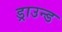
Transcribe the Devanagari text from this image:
ड्राउन्ड